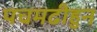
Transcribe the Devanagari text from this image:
पचमढीहुन